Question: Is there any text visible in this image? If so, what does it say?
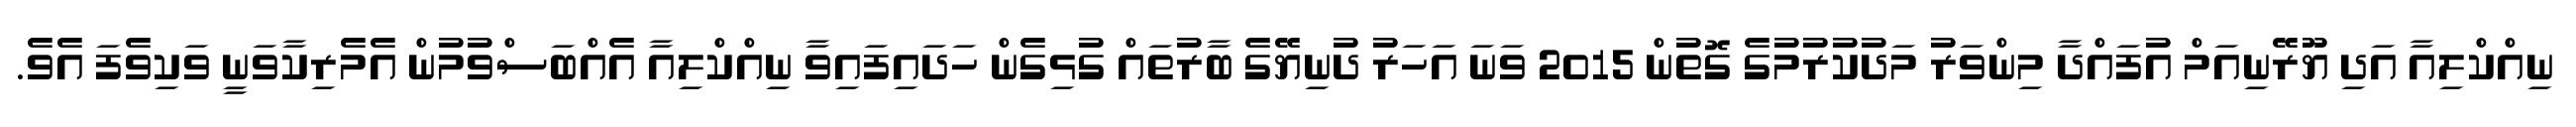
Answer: ނިއްކްލިއާ އަދި ޔޫރޭނިއަމް އުފައްދާ މިންވަރު މަދުކުރުމުގެ ގޮތުން 2015 ވަނަ އަހަރު ދުނިޔޭގެ ބާރުތައް ގުޅިގެން ހަދައިފައިވާ ނިއްކްލިއާ އެއްބަސްވުމުން އެމެރިކާވަނީ ވަކިވެފަ އެވެ.